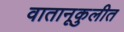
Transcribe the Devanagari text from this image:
वातानूकुलीत